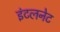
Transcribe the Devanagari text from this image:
इंटलनेट